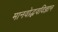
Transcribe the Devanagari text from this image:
मानवोद्भवविज्ञान